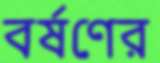
বর্ষণের